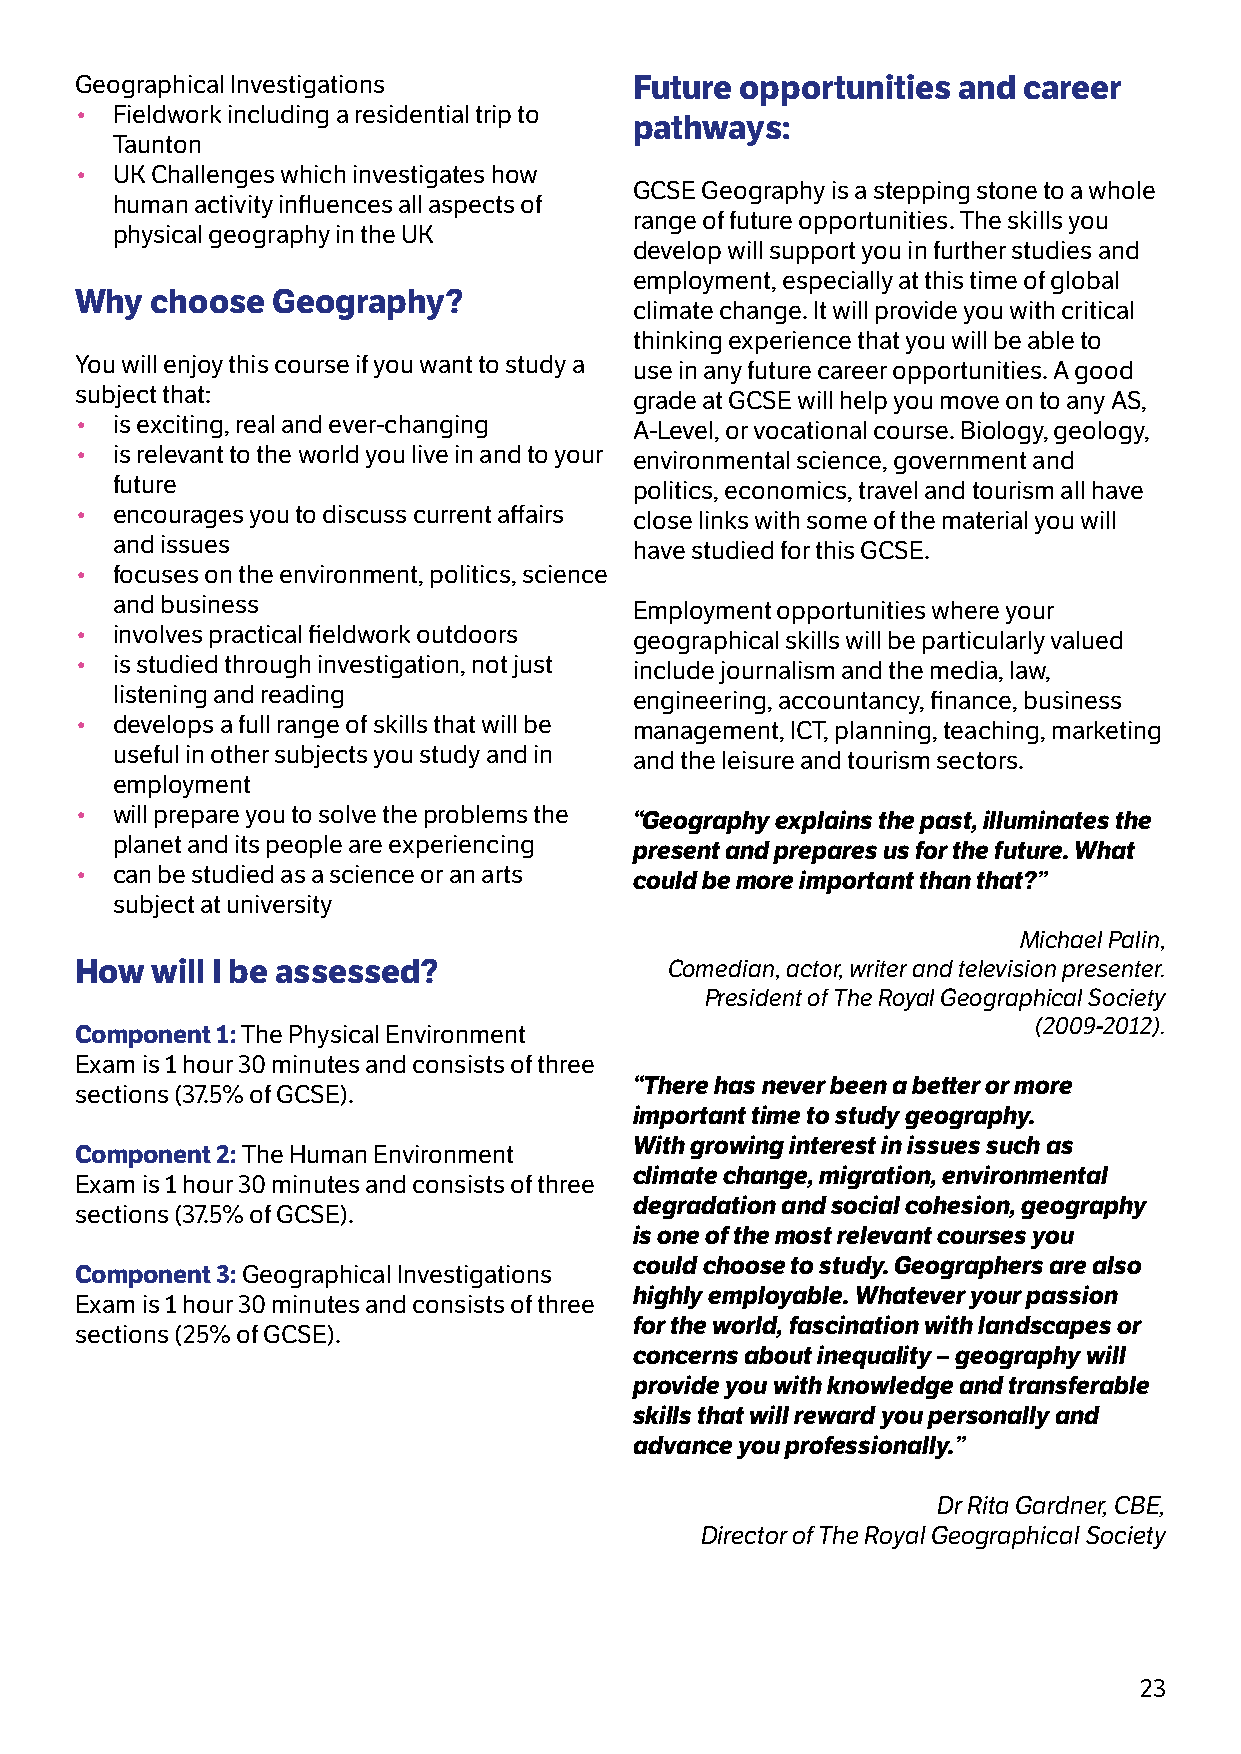
Geographical Investigations          Future opportunities and  career
 • Fieldwork including a residential trip to
 pathways:
 Taunton
 • UK Challenges which investigates how
 GCSE Geography is a stepping stone to a whole
 human activity influences all aspects of
 range of future opportunities. The skills you
 physical geography in the UK
 develop will support you in further studies and
 employment, especially at this time of global
 Why  choose  Geography?
 climate change. It will provide you with critical
 thinking experience that you will be able to
 You will enjoy this course if you want to study a use in any future career opportunities. A good
 subject that:                        grade at GCSE will help you move on to any AS,
 • is exciting, real and ever-changing A-Level, or vocational course. Biology, geology,
 • is relevant to the world you live in and to your environmental science, government and
 future                             politics, economics, travel and tourism all have
 • encourages you to discuss current affairs close links with some of the material you will
 and issues                         have studied for this GCSE.
 • focuses on the environment, politics, science
 and business                       Employment opportunities where your
 • involves practical fieldwork outdoors geographical skills will be particularly valued
 • is studied through investigation, not just include journalism and the media, law,
 listening and reading              engineering, accountancy, finance, business
 • develops a full range of skills that will be management, ICT, planning, teaching, marketing
 useful in other subjects you study and in and the leisure and tourism sectors.
 employment
 • will prepare you to solve the problems the “Geography explains the past, illuminates the
 planet and its people are experiencing present and prepares us for the future. What
 • can be studied as a science or an arts could be more important than that?”
 subject at university
 Michael Palin,
 How  will I be assessed?               Comedian, actor, writer and television presenter.
 President of The Royal Geographical Society
 (2009-2012).
 Component 1: The Physical Environment
 Exam is 1 hour 30 minutes and consists of three
 “There has never been a better or more
 sections (37.5% of GCSE).
 important time to study geography.
 With growing interest in issues such as
 Component 2: The Human Environment
 climate change, migration, environmental
 Exam is 1 hour 30 minutes and consists of three
 degradation and social cohesion, geography
 sections (37.5% of GCSE).
 is one of the most relevant courses you
 could choose to study. Geographers are also
 Component 3: Geographical Investigations
 highly employable. Whatever your passion
 Exam is 1 hour 30 minutes and consists of three
 for the world, fascination with landscapes or
 sections (25% of GCSE).
 concerns about inequality – geography will
 provide you with knowledge and transferable
 skills that will reward you personally and
 advance you professionally.”
 Dr Rita Gardner, CBE,
 Director of The Royal Geographical Society
 23